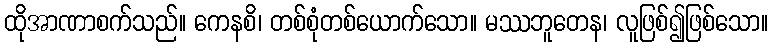
ထိုအာဏာစက်သည်။ ကေနစိ၊ တစ်စုံတစ်ယောက်သော။ မဿဘူတေန၊ လူဖြစ်၍ဖြစ်သော။